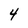
Character: 4